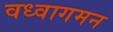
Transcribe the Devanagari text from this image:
वध्वागमन